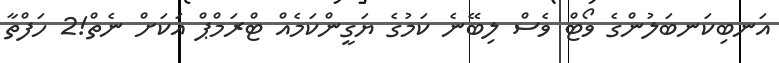
އަނބިކަނބަލުންގެ ވޯޓް ވެސް ލިބޭނެ ކަމުގެ ޔަގީންކަމެއް ޓްރަމްޕް އަކަށް ނެތް!2 ހަފްތާ